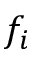
f _ { i }